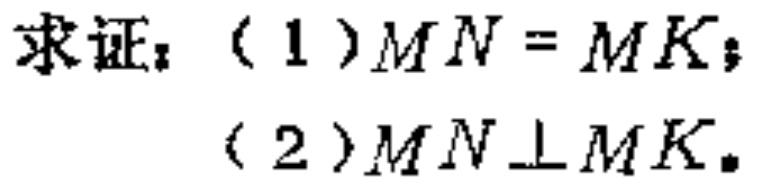
求证：（1）\(MN = MK\)；

（2）\(MN\perp MK\)。